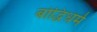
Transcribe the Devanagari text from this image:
बोद्धिधर्म